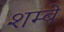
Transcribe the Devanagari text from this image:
शम्बे